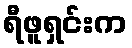
ရီဖူရှင်းက